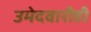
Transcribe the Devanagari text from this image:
उमेदवारीही